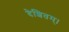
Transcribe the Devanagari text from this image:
देशितम्।